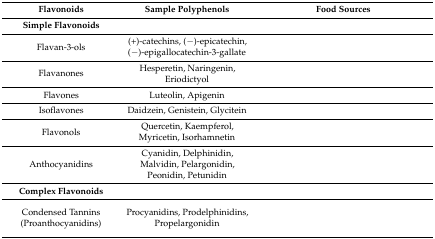
<table><thead><tr><td><b>Flavonoids</b></td><td><b>Sample Polyphenols</b></td><td><b>Food Sources</b></td></tr><tr><td><b>Simple Flavonoids</b></td><td>[EMPTY_CELL]</td><td>[EMPTY_CELL]</td></tr></thead><tbody><tr><td>Flavan-3-ols</td><td>(+)-catechins, (−)-epicatechin, (−)-epigallocatechin-3-gallate</td><td>[EMPTY_CELL]</td></tr><tr><td>Flavanones</td><td>Hesperetin, Naringenin, Eriodictyol</td><td>[EMPTY_CELL]</td></tr><tr><td>Flavones</td><td>Luteolin, Apigenin</td><td>[EMPTY_CELL]</td></tr><tr><td>Isoflavones</td><td>Daidzein, Genistein, Glycitein</td><td>[EMPTY_CELL]</td></tr><tr><td>Flavonols</td><td>Quercetin, Kaempferol, Myricetin, Isorhamnetin</td><td>[EMPTY_CELL]</td></tr><tr><td>Anthocyanidins</td><td>Cyanidin, Delphinidin, Malvidin, Pelargonidin, Peonidin, Petunidin</td><td>[EMPTY_CELL]</td></tr><tr><td><b>Complex Flavonoids</b></td><td>[EMPTY_CELL]</td><td>[EMPTY_CELL]</td></tr><tr><td>Condensed Tannins (Proanthocyanidins)</td><td>Procyanidins, Prodelphinidins, Propelargonidin</td><td>[EMPTY_CELL]</td></tr></tbody></table>